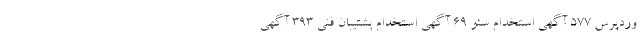
وردپرس 577 آگهی استخدام سئو 69 آگهی استخدام پشتیبان فنی 393 آگهی